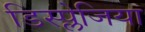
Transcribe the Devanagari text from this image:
डिस्प्लेजिया